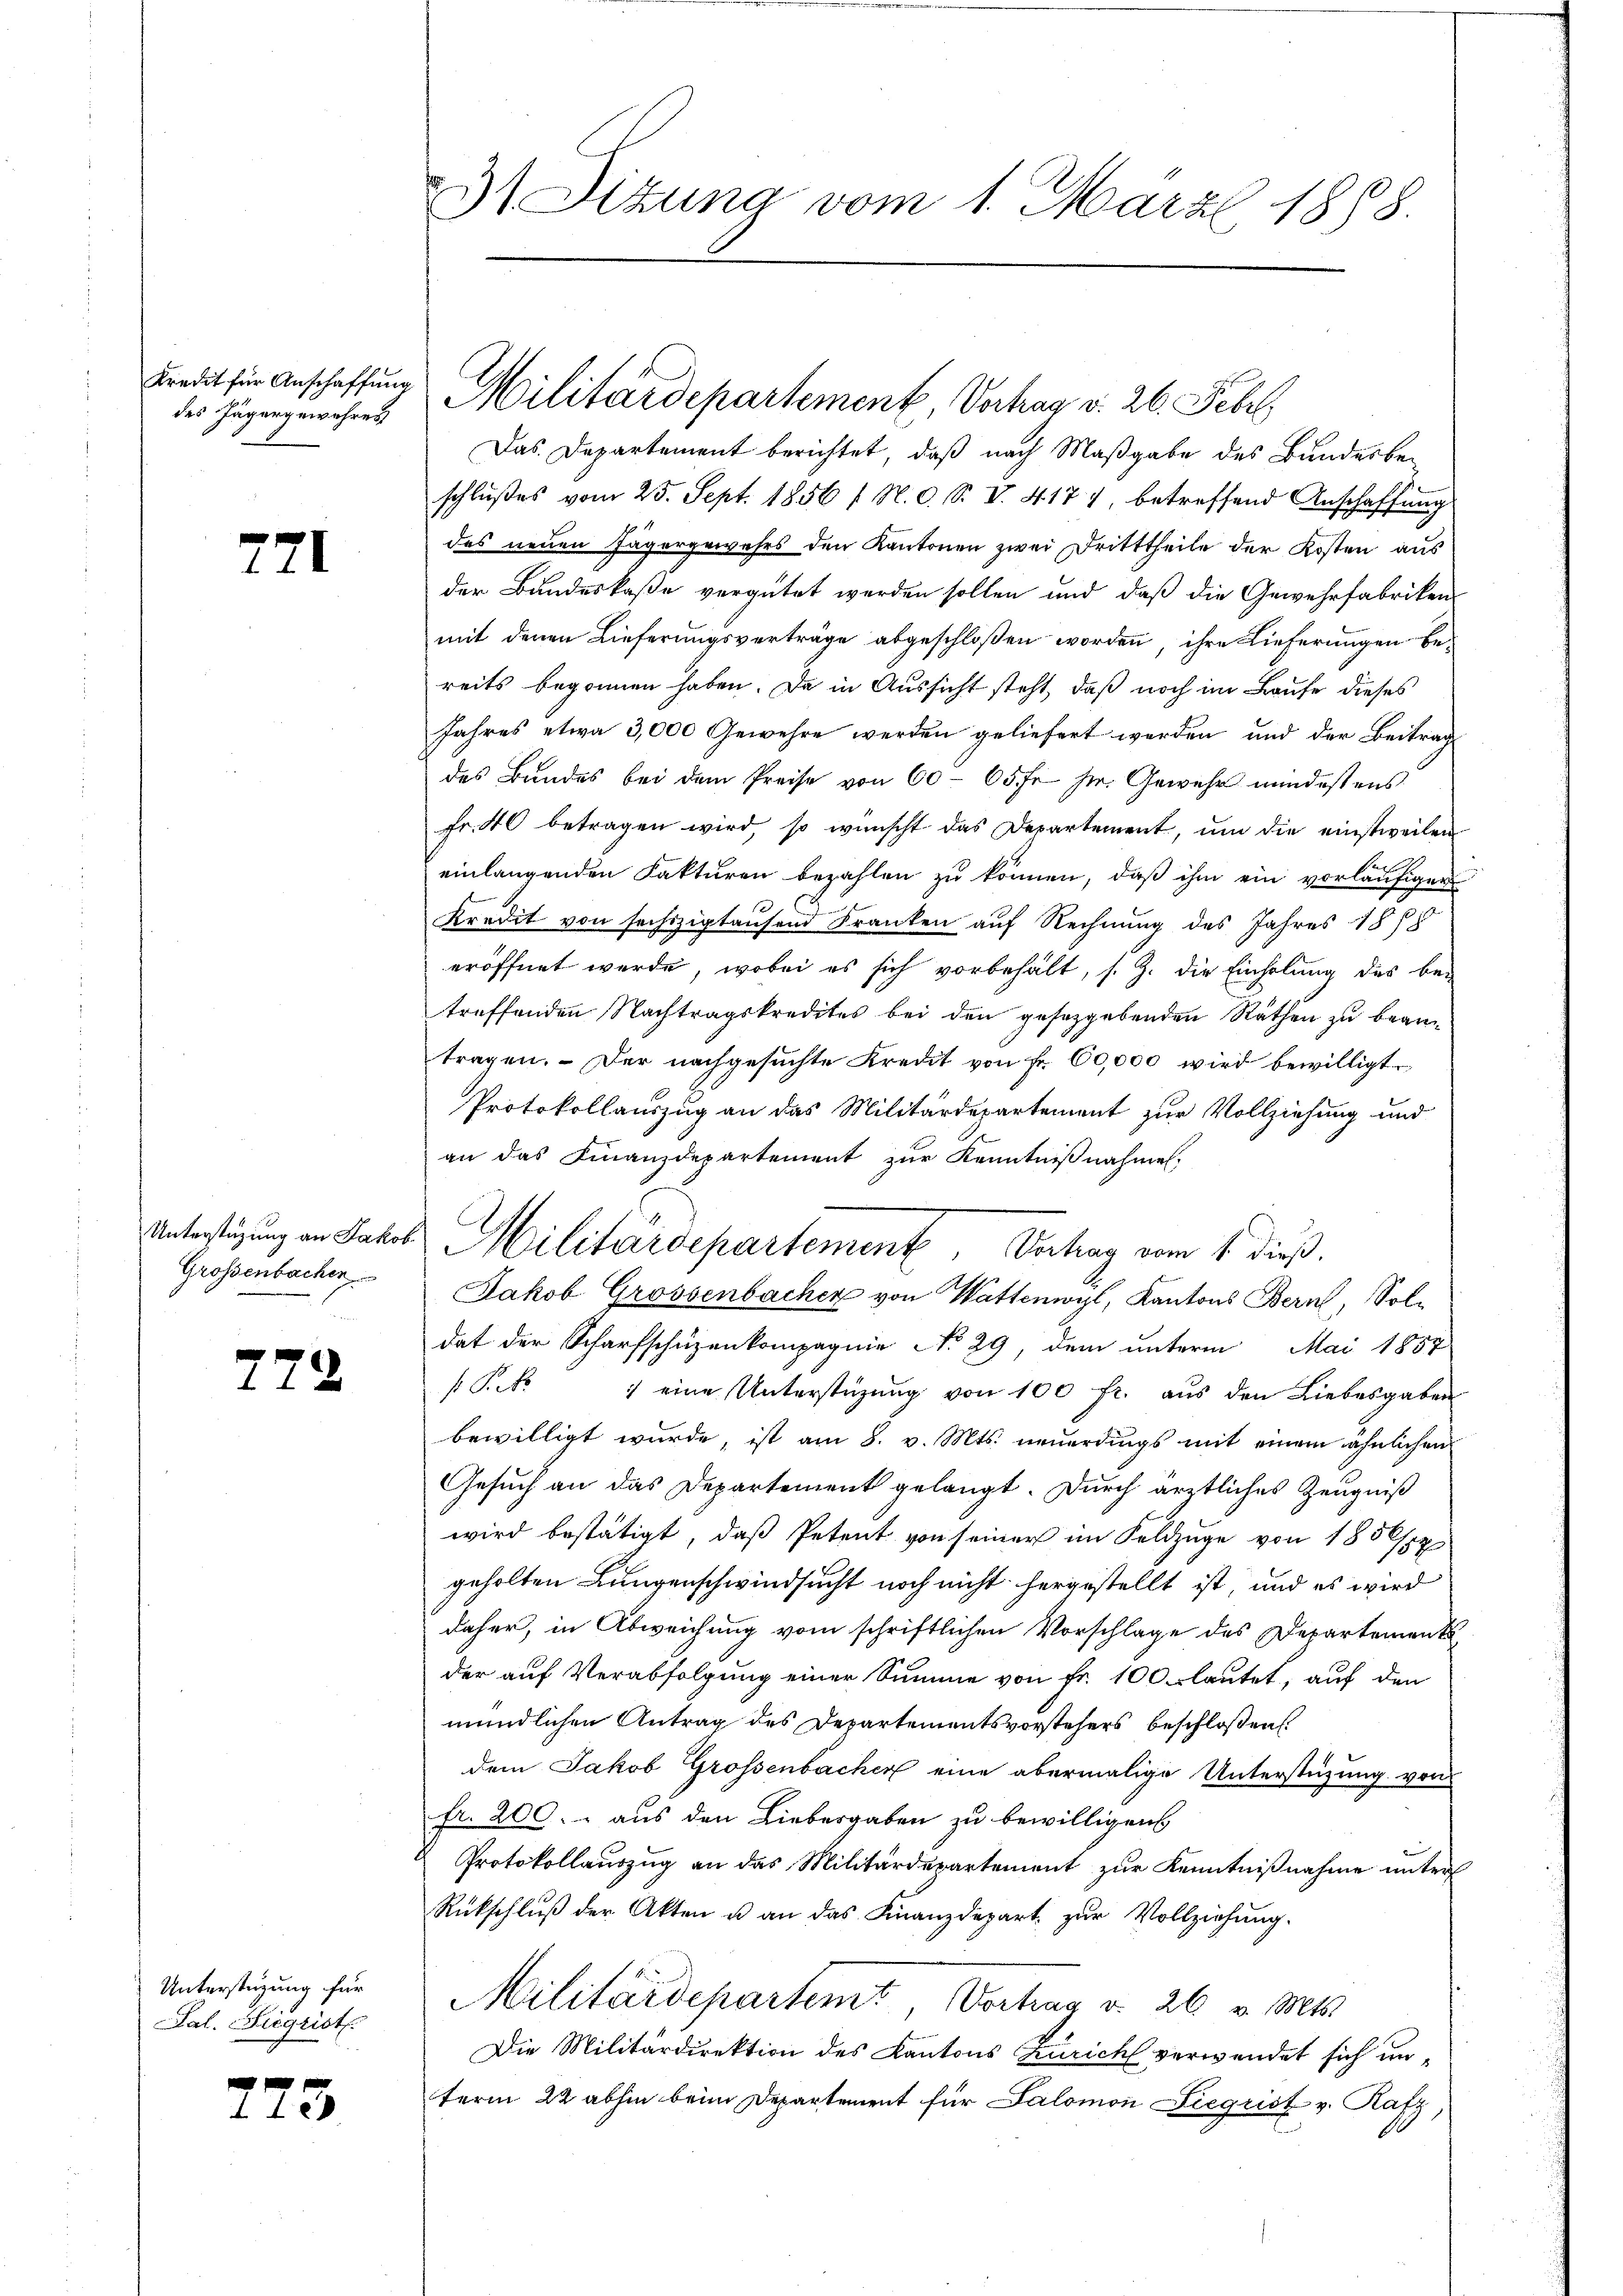
des Jägergewahres

721

Grossenbachen

772

Unterstüzung für
Pal. Siegrist.

V
e

23 Dizuna vom 1. März 1858.

Kredit für Anschaffung Militärdepartement, Vortrag v. 26. Febr.

Unterstüzung an Jakob Militärdepartement, Vahag vom 1. dieß.

Das Departement berichtet, daß nach Maßgabe des Bundesbeschlŭβes vom 25. Sept. 1856 (N. O. S. V. 417, betreffend Anschaffŭng
des neuen Jägergewahrs den Kantonen zwei Dritttheile der Kosten aus
der Bundeskaße vergütet werden sollen und daß die Gewehrfabriken-
mit denen Lieferungsverträge abgeschloßen worden, ihre Lieferungen bereits begonnen haben. Da in Aussicht steht, daß noch im Laufe dieses
Jahres etwa 3,000 Gewehre werden geliefert werden und der Beitrag
des Bundes bei dem Preise von 60 - 65 fr. her. Gewehr mindestens
Fr. 40 betragen wird, so wünscht das Departement, um die einstweilen
er
einlangenden Fakturen bezahlen zu können, daß ihm ein vorläufiger
10
Kredit von sechszigtausend Franken auf Rechnung des Jahres 1878
eröffnet werde, wobei es sich vorbehält, s. Z. die Einholung des betreffenden Nachtragskredites bei den gesetzgebenden Räthen zu beantragen. Der nachgesuchte Kredit von Fr. 60,000 wird bewilligt.
Protokollauszug an das Militärdepartement zur Vollziehung und
an das Finanzdepartement zur Kenntnißnahmen,
Jakob Grossenbachen von Wattenwyl, Kantons Bern, Soldat der Scharfschüzenkompagnie No 29, dem unterm Mai 1857
Pek 1 eine Unterstüzung von 100 fr. aus den Liebesgaben
bewilligt wurde, ist am 8. v. Mts. neuerdings mit einem ähnlichen
Gesuch an das Departement gelangt. Durch ärztliches Zeugniß
wird bestätigt, daß Petent von seiner im Feldzüge von 185 spr
geholten Lungenschwindsucht noch nicht hergestellt ist, und es wird
daher, in Abweichung vom schriftlichen Vorschlage des Departement
der auf Verabfolgung einer Summe von Fr. 100 lautet, auf den
mündlichen Antrag des Departementsvorstehers beschloßen:
dem Jakob Grossenbacher eine abermalige Unterstützung von
fr. 200. - aus den Liebesgaben zu bewilligen
Protokollauszug an das Militärdepartement zur Kenntnißnahme unter
Rückschlŭβ der Akten u. an das Finanzdepart zur Vollziehung.
Militärdepartemt Vortrag v. 26 v. Mts.
Die Militärdirektion des Kantons Züricht verwendet sich unterm 22 abhin beim Departement für Salomon Liegrist v. Rafz,